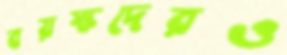
বয়স্কদেরও